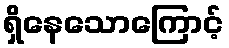
ရှိနေသောကြောင့်